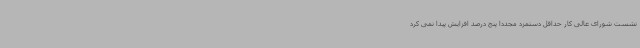
نشست شورای عالی کار حداقل دستمزد مجددا پنج درصد افزایش پیدا نمی کرد